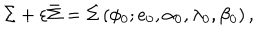
\Sigma + \varepsilon \bar { \Sigma } = \Sigma \left( \phi _ { 0 } ; e _ { 0 } , \alpha _ { 0 } , \lambda _ { 0 } , \beta _ { 0 } \right) ,